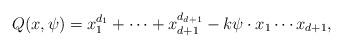
LaTeX: \begin{align*}Q(x,\psi) = x_1^{d_1} + \cdots + x_{d+1}^{d_{d+1}} - k \psi \cdot x_1\cdots x_{d+1},\end{align*}